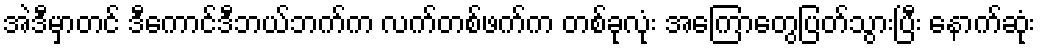
အဲဒီမှာတင် ဒီကောင်ဒီဘယ်ဘက်က လက်တစ်ဖက်က တစ်ခုလုံး အကြောတွေပြတ်သွားပြီး နောက်ဆုံး